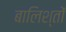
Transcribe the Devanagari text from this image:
बालिश्तों